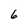
Character: 6